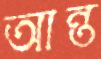
আন্ত